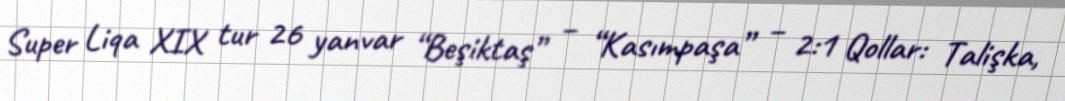
Super Liqa XIX tur 26 yanvar “Beşiktaş” – “Kasımpaşa” – 2:1 Qollar: Talişka,